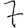
Digit: 7